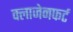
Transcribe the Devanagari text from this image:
क्लाजेनफर्ट